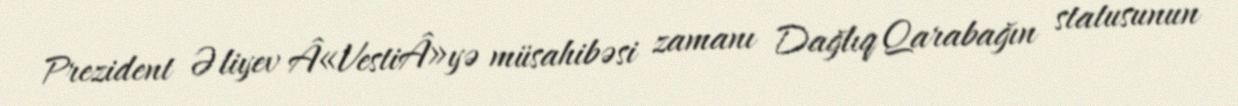
Prezident Əliyev Â«VestiÂ»yə müsahibəsi zamanı Dağlıq Qarabağın statusunun